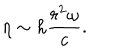
LaTeX: \eta \sim h \frac { r ^ { 2 } \omega } { c } .